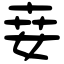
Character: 𡜦